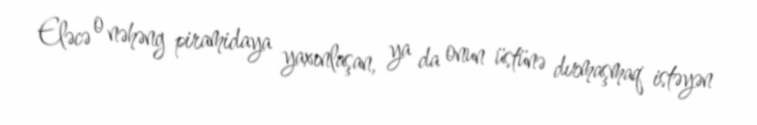
Eləcə o nəhəng piramidaya yaxınlaşan, ya da onun üstünə dırmaşmaq istəyən